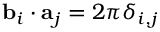
{ \bf b } _ { i } \cdot { \bf a } _ { j } = 2 \pi \delta _ { i , j }